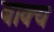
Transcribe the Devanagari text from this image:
बाक्य